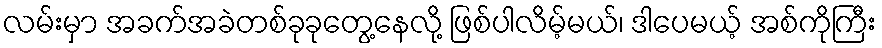
လမ်းမှာ အခက်အခဲတစ်ခုခုတွေ့နေလို့ ဖြစ်ပါလိမ့်မယ်၊ ဒါပေမယ့် အစ်ကိုကြီး